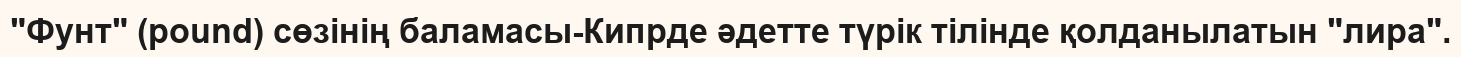
"Фунт" (pound) сөзінің баламасы-Кипрде әдетте түрік тілінде қолданылатын "лира".